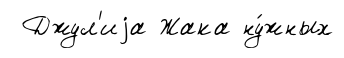
Джул'иjа Жака ну́жных